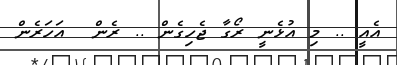
އެއީ .. މި އުޅެނީ ރޯގާ ޖެހިގެން .. ރެން  އަހަރެން